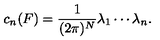
c _ { n } ( F ) = \frac { 1 } { ( 2 \pi ) ^ { N } } \lambda _ { 1 } \cdots \lambda _ { n } .